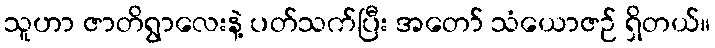
သူဟာ ဇာတိရွာလေးနဲ့ ပတ်သက်ပြီး အတော် သံယောဇဉ် ရှိတယ်။